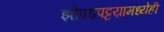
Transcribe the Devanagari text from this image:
झोपडपट्टय़ामध्येही